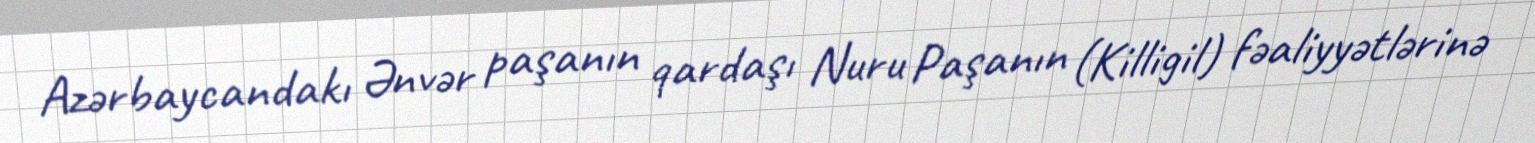
Azərbaycandakı Ənvər paşanın qardaşı Nuru Paşanın (Killigil) fəaliyyətlərinə